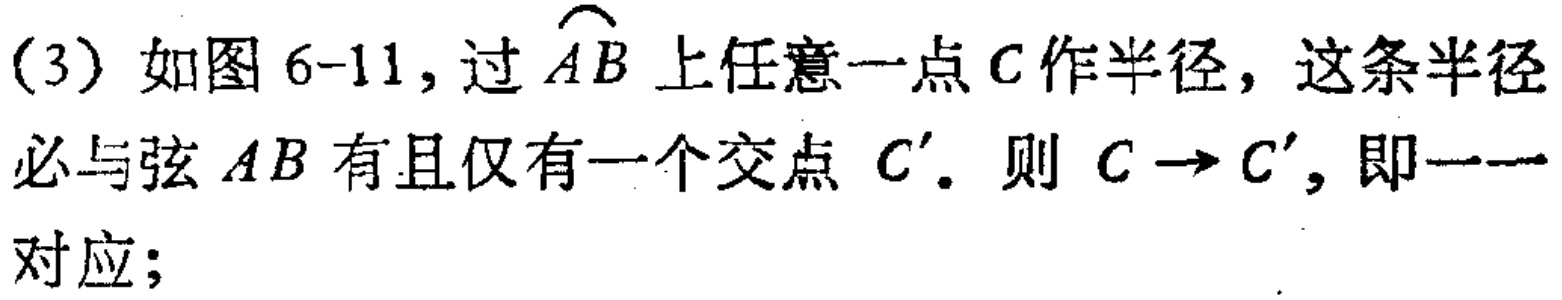
(3) 如图 6-11, 过$\overset{\frown}{AB}$上任意一点$C$作半径，这条半径必与弦$AB$有且仅有一个交点$C'$. 则$C\rightarrow C'$, 即一一对应；